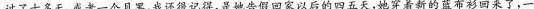
过了十多天，或者一个月罢，我还很记得，是她告假回家以后的四五天，她穿着新的蓝布衫回来了，一